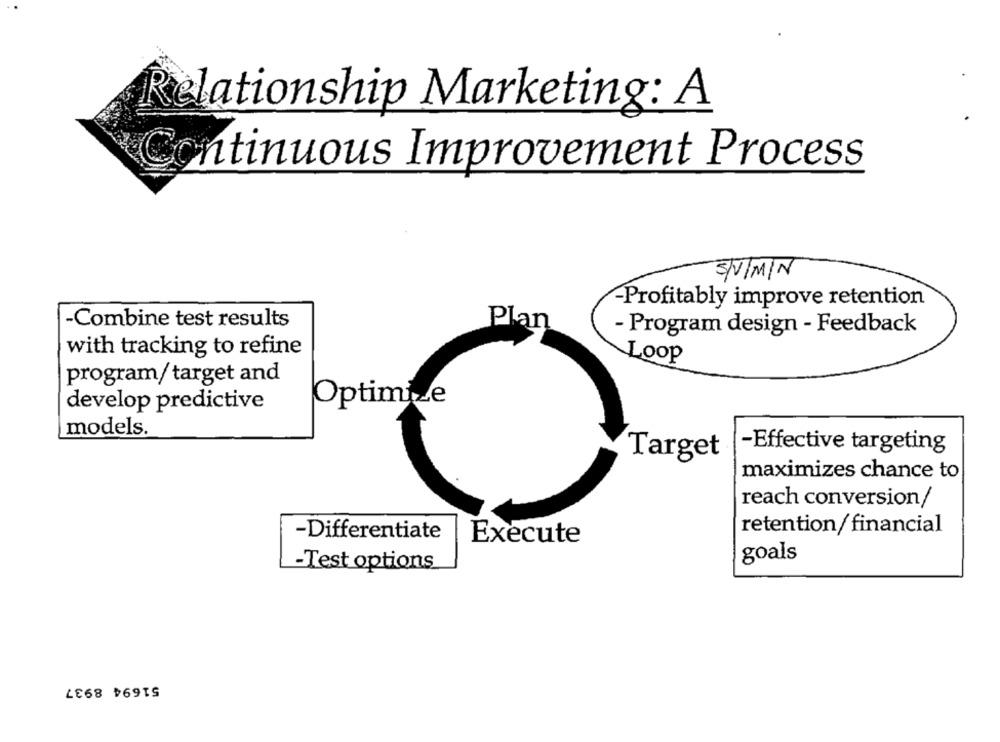
Relationship Marketing: A
Continuous Improvement Process
S/N/MIN
Profitably improve retention
-Combine test results
Plan
- Program design - Feedback
with tracking to refine
Loop
program/ target and
develop predictive
Optimize
models.
-Effective targeting
Target
maximizes chance to
reach conversion/
retention/ financial
-Differentiate
Execute
goals
-Test options
51694 8937